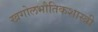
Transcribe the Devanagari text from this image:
खगोलभौतिकशास्त्री